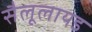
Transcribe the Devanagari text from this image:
सैलूलायड